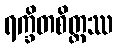
ရက္ခိတစိတ္တဿ